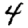
Digit: 4